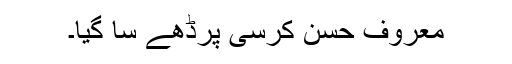
معروف حسن کرسی پرڈھے سا گیا۔